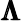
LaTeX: \pmb{\Lambda}